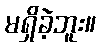
မရှိခဲ့ဘူး။